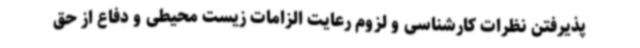
پذیرفتن نظرات کارشناسی و لزوم رعایت الزامات زیست محیطی و دفاع از حق